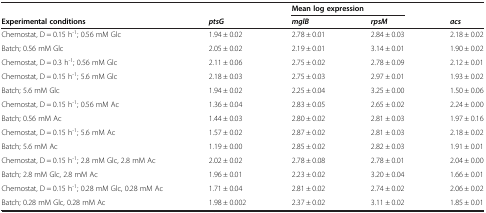
<table><thead><tr><td><b> </b></td><td><b> </b></td><td colspan="2"><b>Mean log expression</b></td><td><b> </b></td></tr><tr><td><b>Experimental conditions</b></td><td><b><i>ptsG</i></b></td><td><b><i>mglB</i></b></td><td><b><i>rpsM</i></b></td><td><b><i>acs</i></b></td></tr></thead><tbody><tr><td>Chemostat, D = 0.15 h<sup>-1</sup>; 0.56 mM Glc</td><td>1.94 ± 0.02</td><td>2.78 ± 0.01</td><td>2.84 ± 0.03</td><td>2.18 ± 0.02</td></tr><tr><td>Batch; 0.56 mM Glc</td><td>2.05 ± 0.02</td><td>2.19 ± 0.01</td><td>3.14 ± 0.01</td><td>1.90 ± 0.02</td></tr><tr><td>Chemostat, D = 0.3 h<sup>-1</sup>; 0.56 mM Glc</td><td>2.11 ± 0.06</td><td>2.75 ± 0.02</td><td>2.78 ± 0.09</td><td>2.12 ± 0.01</td></tr><tr><td>Chemostat, D = 0.15 h<sup>-1</sup>; 5.6 mM Glc</td><td>2.18 ± 0.03</td><td>2.75 ± 0.03</td><td>2.97 ± 0.01</td><td>1.93 ± 0.02</td></tr><tr><td>Batch; 5.6 mM Glc</td><td>1.94 ± 0.02</td><td>2.25 ± 0.04</td><td>3.25 ± 0.00</td><td>1.50 ± 0.06</td></tr><tr><td>Chemostat, D = 0.15 h<sup>-1</sup>; 0.56 mM Ac</td><td>1.36 ± 0.04</td><td>2.83 ± 0.05</td><td>2.65 ± 0.02</td><td>2.24 ± 0.00</td></tr><tr><td>Batch; 0.56 mM Ac</td><td>1.44 ± 0.03</td><td>2.80 ± 0.02</td><td>2.81 ± 0.03</td><td>1.97 ± 0.16</td></tr><tr><td>Chemostat, D = 0.15 h<sup>-1</sup>; 5.6 mM Ac</td><td>1.57 ± 0.02</td><td>2.87 ± 0.02</td><td>2.81 ± 0.03</td><td>2.18 ± 0.02</td></tr><tr><td>Batch; 5.6 mM Ac</td><td>1.19 ± 0.00</td><td>2.85 ± 0.02</td><td>2.82 ± 0.03</td><td>1.91 ± 0.01</td></tr><tr><td>Chemostat, D = 0.15 h<sup>-1</sup>; 2.8 mM Glc, 2.8 mM Ac</td><td>2.02 ± 0.02</td><td>2.78 ± 0.08</td><td>2.78 ± 0.01</td><td>2.04 ± 0.00</td></tr><tr><td>Batch; 2.8 mM Glc, 2.8 mM Ac</td><td>1.96 ± 0.01</td><td>2.23 ± 0.02</td><td>3.20 ± 0.04</td><td>1.66 ± 0.01</td></tr><tr><td>Chemostat, D = 0.15 h<sup>-1</sup>; 0.28 mM Glc, 0.28 mM Ac</td><td>1.71 ± 0.04</td><td>2.81 ± 0.02</td><td>2.74 ± 0.02</td><td>2.06 ± 0.02</td></tr><tr><td>Batch; 0.28 mM Glc, 0.28 mM Ac</td><td>1.98 ± 0.002</td><td>2.37 ± 0.02</td><td>3.11 ± 0.02</td><td>1.85 ± 0.01</td></tr></tbody></table>